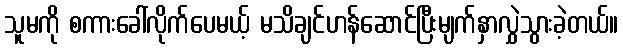
သူမကို စကားခေါ်လိုက်ပေမယ့် မသိချင်ဟန်ဆောင်ပြီးမျက်နှာလွှဲသွားခဲ့တယ်။